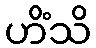
ဟိံသိ